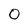
Character: 0